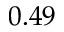
0 . 4 9